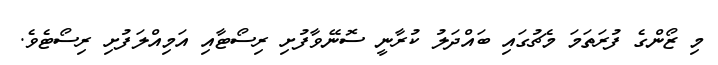
މި ޒޯންގެ ފުރަތަމަ މެޗުގައި ބައްދަލު ކުރާނީ ސޮނޭވާފުށި ރިސޯޓާއި އަމިއްލަފުށި ރިސޯޓެވެ.